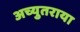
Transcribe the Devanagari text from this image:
अच्युतराया